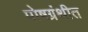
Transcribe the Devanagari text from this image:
पोषग्रंथीत